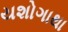
યશોગાથા